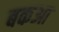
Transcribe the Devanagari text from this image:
बकआ